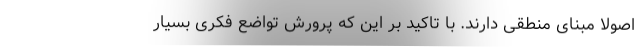
اصولاً مبنای منطقی دارند. با تاکید بر این که پرورش تواضع فکری بسیار